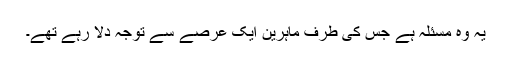
یہ وہ مسئلہ ہے جس کی طرف ماہرین ایک عرصے سے توجہ دلا رہے تھے۔